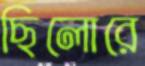
ছিলোরে